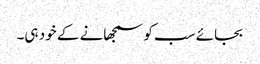
بجائے سب کو سمجھانے کے خود ہی۔